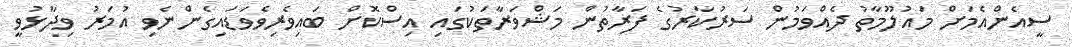
ސީއެންއެމަށް މައުލޫމާތު ދެއްވަމުން ސަރުކާރުގެ ފަރާތުން މަޝްވަރާތަކުގައި އިސްކޮށް ބައިވެރިވެވަޑައިގެންނެވި އުމަރު ވިދާޅުވީ